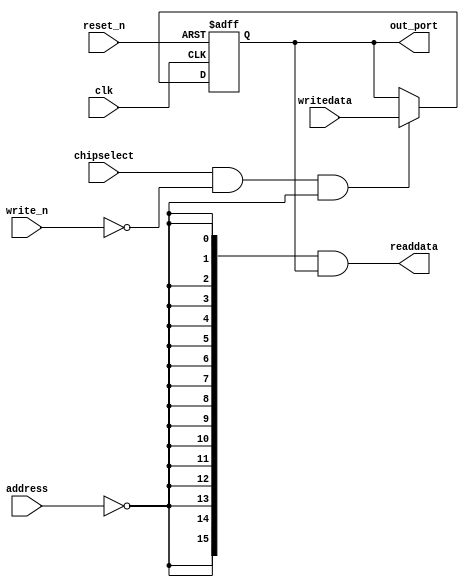
module seven_seg_middle_pio (
                              // inputs:
                               address,
                               chipselect,
                               clk,
                               reset_n,
                               write_n,
                               writedata,

                              // outputs:
                               out_port,
                               readdata
                            )
;

  output  [ 15: 0] out_port;
  output  [ 15: 0] readdata;
  input   [  1: 0] address;
  input            chipselect;
  input            clk;
  input            reset_n;
  input            write_n;
  input   [ 15: 0] writedata;

  wire             clk_en;
  reg     [ 15: 0] data_out;
  wire    [ 15: 0] out_port;
  wire    [ 15: 0] read_mux_out;
  wire    [ 15: 0] readdata;
  assign clk_en = 1;
  //s1, which is an e_avalon_slave
  assign read_mux_out = {16 {(address == 0)}} & data_out;
  always @(posedge clk or negedge reset_n)
    begin
      if (reset_n == 0)
          data_out <= 0;
      else if (chipselect && ~write_n && (address == 0))
          data_out <= writedata[15 : 0];
    end


  assign readdata = read_mux_out;
  assign out_port = data_out;

endmodule